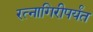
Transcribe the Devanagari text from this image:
रत्‍नागिरीपर्यंत